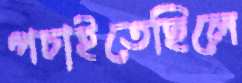
পচাইতেছিলে